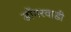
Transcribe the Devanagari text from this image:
डोंगरवाडी